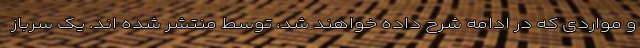
و مواردی که در ادامه شرح داده خواهند شد، توسط منتشر شده اند. یک سرباز